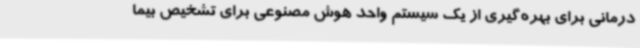
درمانی برای بهره‌گیری از یک سیستم واحد هوش مصنوعی برای تشخیص بیما